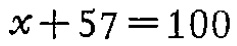
$x + 57 = 100$